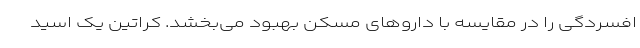
افسردگی را در مقایسه با داروهای مسکّن بهبود می‌بخشد. کراتین یک اسید